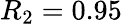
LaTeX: R_{2}=0.95